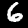
Digit: 6